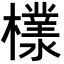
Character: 𣞧